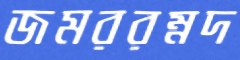
জমররম্নদ